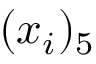
( x _ { i } ) _ { 5 }